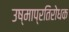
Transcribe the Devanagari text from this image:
उष्माप्रतिरोधक